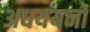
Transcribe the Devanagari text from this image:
अधययनों